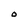
Character: O